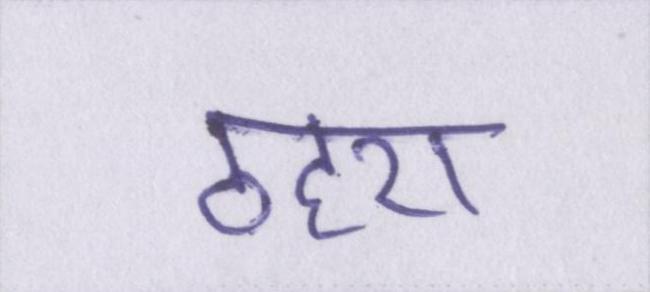
ठहरा